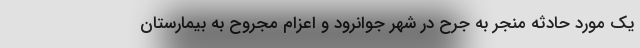
یک مورد حادثه منجر به جرح در شهر جوانرود و اعزام مجروح به بیمارستان